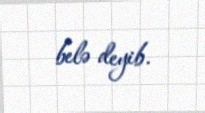
belə deyib.